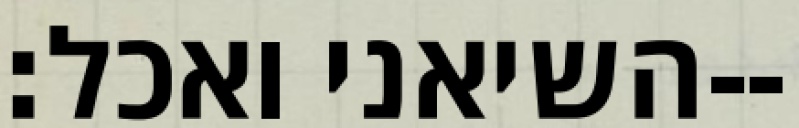
השיאני ואכל׃--